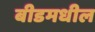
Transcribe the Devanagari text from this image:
बीडमधील